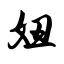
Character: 妞